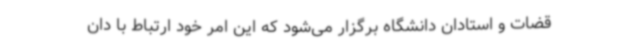
قضات و استادان دانشگاه برگزار می‌شود که این امر خود ارتباط با دان